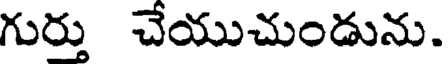
గుర్తు చేయుచుండును.